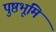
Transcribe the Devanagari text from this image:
पुष्ठभूमि